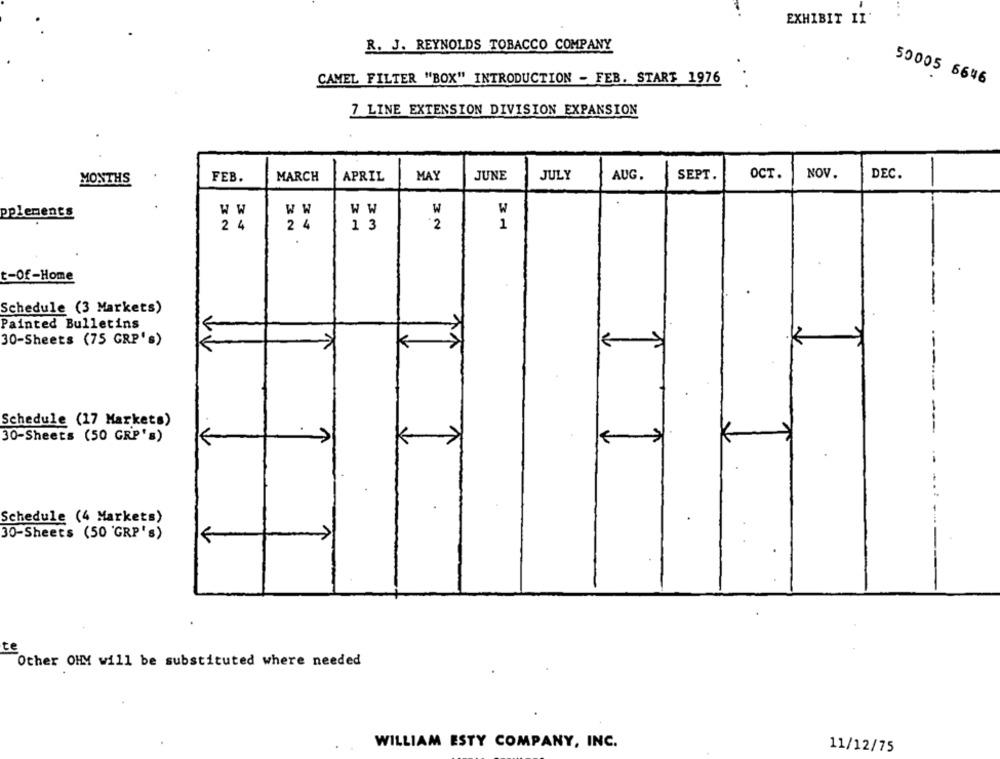
EXHIBIT II
R. J. REYNOLDS TOBACCO COMPANY
CAMEL FILTER "BOX" INTRODUCTION - FEB. START 1976
50005 6646
7 LINE EXTENSION DIVISION EXPANSION
JULY
AUG.
SEPT.
OCT.
NOV.
DEC.
-
MONTHS
FEB.
MARCH
APRIL
MAY
JUNE
pplements
W W
W W
W W
W
W
2 4
2 4
1 3
2
1
t-Of-Home
Schedule (3 Markets)
Painted Bulletins
30-Sheets (75 GRP's)
k
Schedule (17 Markets)
30-Sheets (50 GRP's)
Schedule (4 Markets)
30-Sheets (50 GRP's)
te
Other OHM will be substituted where needed
WILLIAM ESTY COMPANY, INC.
11/12/75